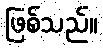
ဖြစ်သည်။